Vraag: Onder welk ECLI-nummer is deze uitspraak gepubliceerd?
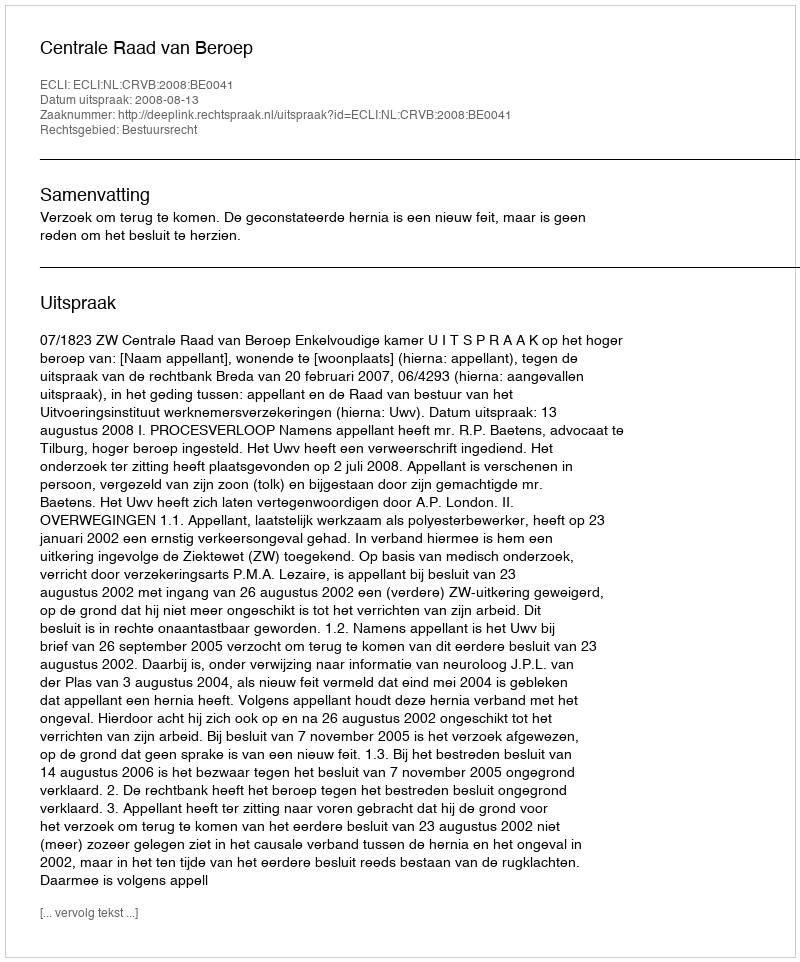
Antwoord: ECLI:NL:CRVB:2008:BE0041